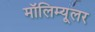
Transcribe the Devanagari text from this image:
मॉलिम्यूलर